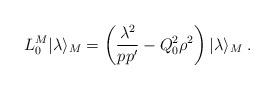
LaTeX: \begin{align*}L_0^M| \lambda\rangle_M=\left(\frac{ \lambda^2}{pp'}-Q_0^2\rho^2\right)| \lambda\rangle_M\;.\end{align*}